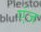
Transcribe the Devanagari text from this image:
एंज